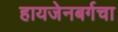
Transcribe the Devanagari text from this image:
हायजेनबर्गचा